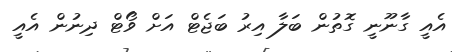
އެއީ ގާނޫނީ ގޮތުން ބަލާ އިރު ބަޖެޓް އަށް ވޯޓް ދިނުން އެއީ